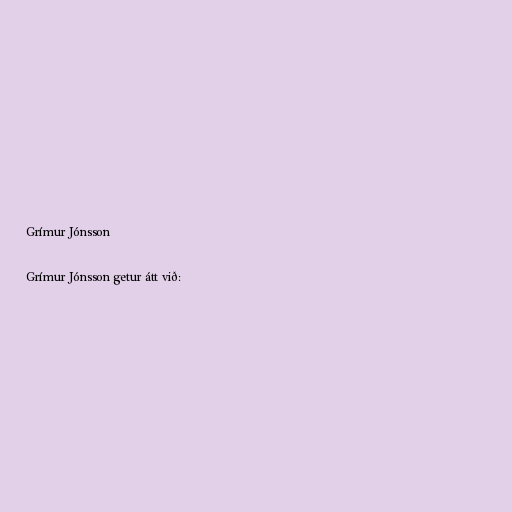
Grímur Jónsson

Grímur Jónsson getur átt við: